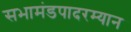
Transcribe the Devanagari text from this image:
सभामंडपादरम्यान